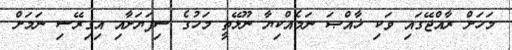
މަހަށް ރާއްޖޭގައި ވަކި ޚާއްޞަ ނަމެއްކިޔާ ނޫޅޭތީ މަހުގެ ސިފަޔަށާއި އިގިރޭސި ނަމަށް